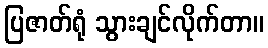
ပြဇာတ်ရုံ သွားချင်လိုက်တာ။